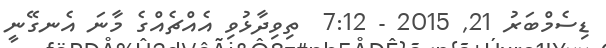
ޑިސެމްބަރު 21